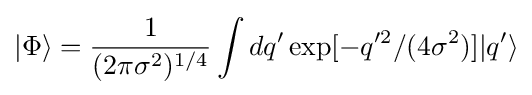
|\Phi \rangle ={\frac {1}{(2\pi \sigma ^{2})^{1/4}}}\int dq'\exp[-q'^{2}/(4\sigma ^{2})]|q'\rangle